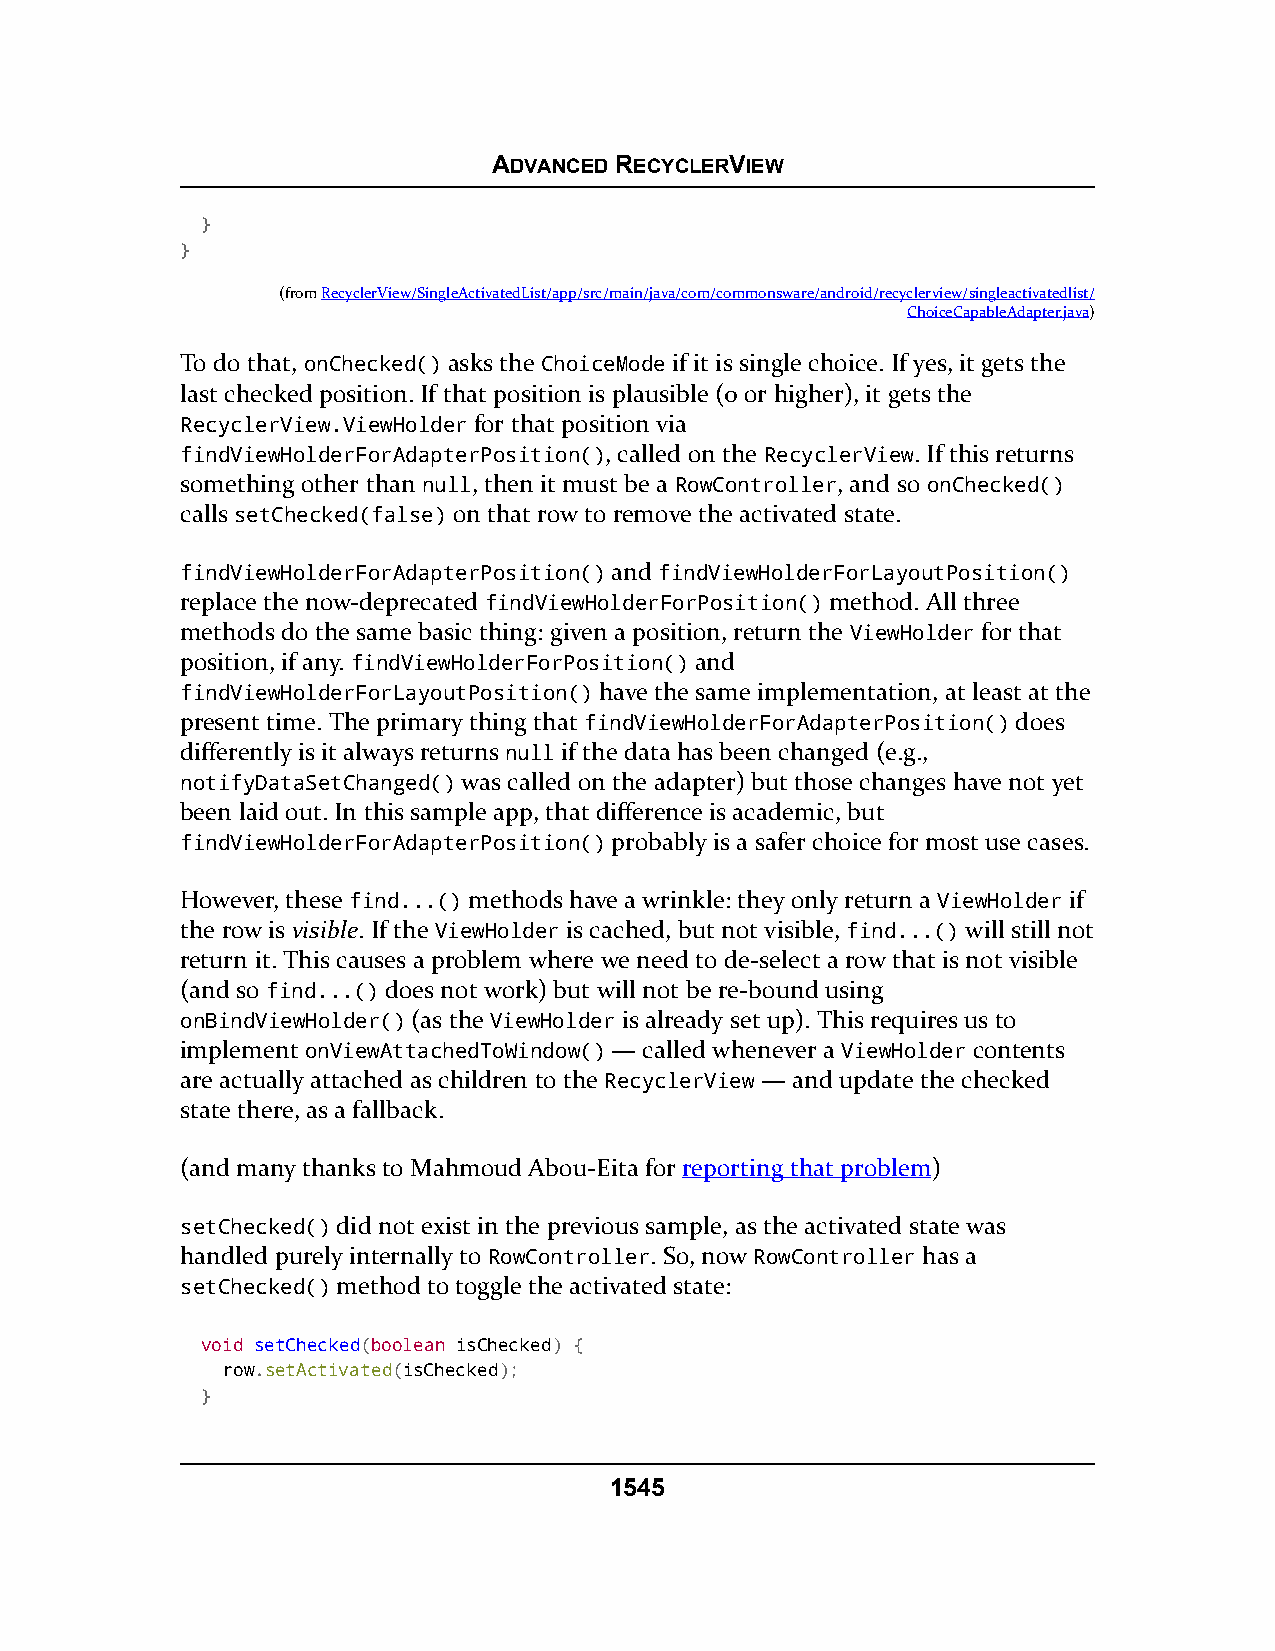
ADVANCED RECYCLERVIEW
 }
 }
 (fromRecyclerView/SingleActivatedList/app/src/main/java/com/commonsware/android/recyclerview/singleactivatedlist/
 ChoiceCapableAdapter.java)
 To do that, onChecked() asks the ChoiceMode if it is single choice. If yes, it gets the
 last checked position. If that position is plausible (0 or higher), it gets the
 RecyclerView.ViewHolder for that position via
 findViewHolderForAdapterPosition(), called on the RecyclerView. If this returns
 something other than null, then it must be a RowController, and so onChecked()
 calls setChecked(false) on that row to remove the activated state.
 findViewHolderForAdapterPosition() and findViewHolderForLayoutPosition()
 replace the now-deprecated findViewHolderForPosition() method. All three
 methods do the same basic thing: given a position, return the ViewHolder for that
 position, if any. findViewHolderForPosition() and
 findViewHolderForLayoutPosition() have the same implementation, at least at the
 present time. The primary thing that findViewHolderForAdapterPosition() does
 differently is it always returns null if the data has been changed (e.g.,
 notifyDataSetChanged() was called on the adapter) but those changes have not yet
 been laid out. In this sample app, that difference is academic, but
 findViewHolderForAdapterPosition() probably is a safer choice for most use cases.
 However, these find...() methods have a wrinkle: they only return a ViewHolder if
 the row is visible. If the ViewHolder is cached, but not visible, find...() will still not
 return it. This causes a problem where we need to de-select a row that is not visible
 (and so find...() does not work) but will not be re-bound using
 onBindViewHolder() (as the ViewHolder is already set up). This requires us to
 implement onViewAttachedToWindow() — called whenever a ViewHolder contents
 are actually attached as children to the RecyclerView — and update the checked
 state there, as a fallback.
 (and many thanks to Mahmoud Abou-Eita for reporting that problem)
 setChecked() did not exist in the previous sample, as the activated state was
 handled purely internally to RowController. So, now RowController has a
 setChecked() method to toggle the activated state:
 void setChecked(boolean isChecked) {
 row.setActivated(isChecked);
 }
 1545